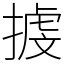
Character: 㨜